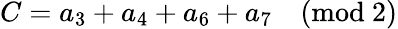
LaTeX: C=a_{3}+a_{4}+a_{6}+a_{7}\quad\mathrm{(mod\ 2)}